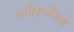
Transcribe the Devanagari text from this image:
प्रतिकृतींमध्ये